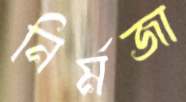
নির্মজা